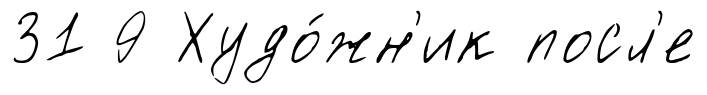
31 9 Худо́жн'ик посл'е